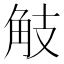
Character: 𧣄